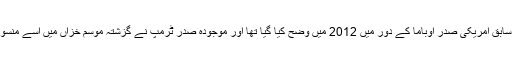
واضح رہے کہ ڈاکا پروگرام سابق امریکی صدر اوباما کے دور میں 2012 میں وضح کیا گیا تھا اور موجودہ صدر ٹرمپ نے گزشتہ موسم خزاں میں اسے منسوخ کرنے کی کوشش کی تھی۔